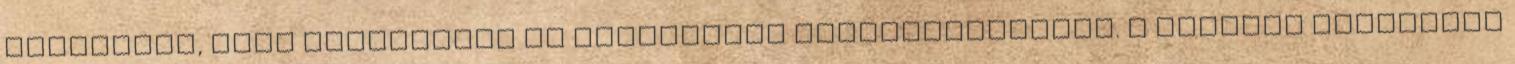
minőségét, amíg kapcsolata az érintettel helyreállítható. A személy különösen